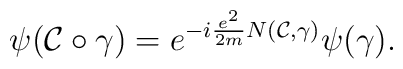
\psi({\cal C}\circ\gamma)=e^{-i\frac{e^2}{2m}N({\cal C},\gamma)}\psi(\gamma).